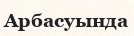
Арбасуында